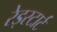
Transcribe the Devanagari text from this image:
रेड्स्टार्ट